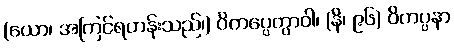
(ယော၊ အကြင်ရဟန်းသည်၊) ဝိကပ္ပေတွာဝါ၊ (နိ၊ ၉၆) ဝိကပ္ပနာ